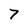
Character: 7